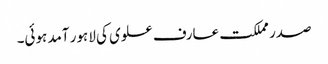
صدر مملکت عارف علوی کی لاہور آمد ہوئی۔